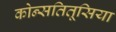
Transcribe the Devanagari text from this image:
कोन्सतितूसिया